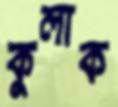
কুলাক